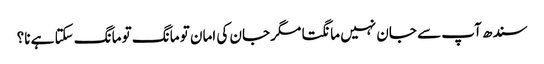
سندھ آپ سے جان نہیں مانگتا مگر جان کی امان تو مانگ تو مانگ سکتا ہے نا؟